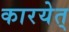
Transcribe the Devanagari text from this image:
कारयेत्‌